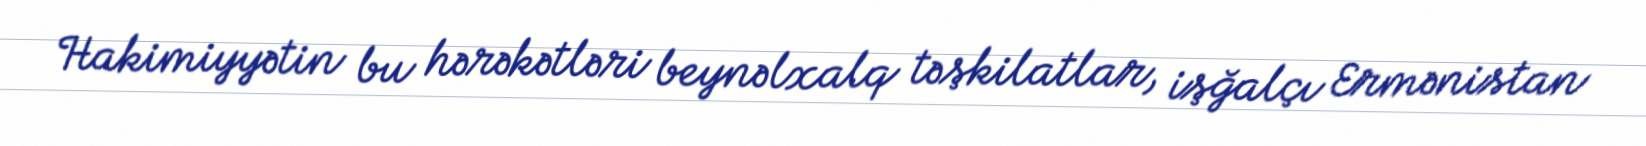
Hakimiyyətin bu hərəkətləri beynəlxalq təşkilatlar, işğalçı Ermənistan